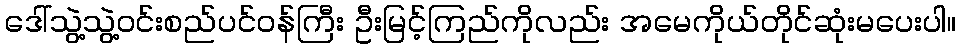
ဒေါ်သွဲ့သွဲ့ဝင်းစည်ပင်ဝန်ကြီး ဦးမြင့်ကြည်ကိုလည်း အမေကိုယ်တိုင်ဆုံးမပေးပါ။